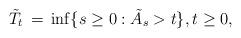
LaTeX: \begin{align*}\tilde{T}_t\,=\,\inf\{s\ge 0:\tilde{A}_s>t\},t\ge 0,\end{align*}